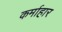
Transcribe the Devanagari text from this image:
कर्माहार